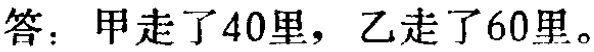
答：甲走了40里，乙走了60里。